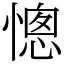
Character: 憁